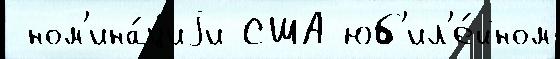
 ном'ина́циjи США юб'ил'е́йном